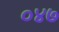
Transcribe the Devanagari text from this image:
०४७